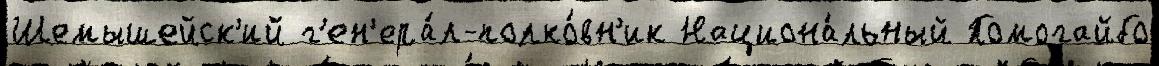
Шемышейск'ий г'ен'ера́л-полко́вн'ик Национа́льный Помогайбо